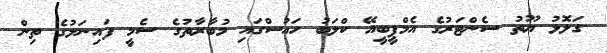
ގަލޮޅު ޔޫތު ސެންޓަރުގެ އެމްޕީބީއޭ ކްލަބު ހައުސްގައި މުބާރާތުގެ ސެމީ ފައިނަލުގެ ތިން